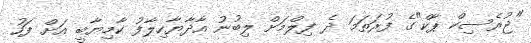
"ޖުރެސިކް ޕާކް"ގެ ފުރަތަމަ ދެ ފިލްމަށް ލިބުނު އާދާޔާހިލާފު ކާމިޔާބީ އަށް ފަހު